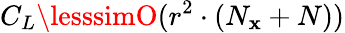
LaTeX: C_{L}\lesssimO(r^{2}\cdot(N_{\mathbf{x}}+N))